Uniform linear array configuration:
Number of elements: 48
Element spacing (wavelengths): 0.75
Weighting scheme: blackman
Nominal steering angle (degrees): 30
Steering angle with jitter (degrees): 31.452
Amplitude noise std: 0.05
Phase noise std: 0.05

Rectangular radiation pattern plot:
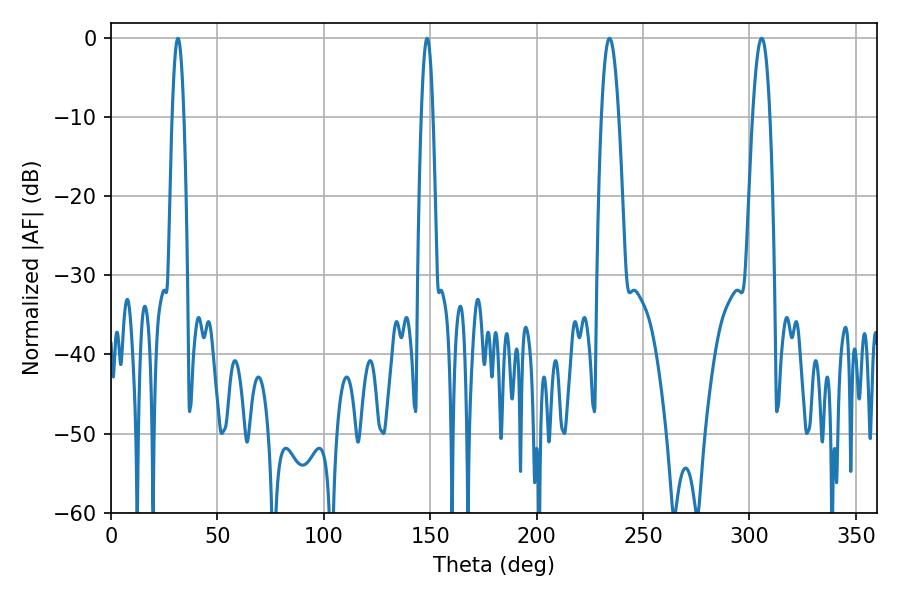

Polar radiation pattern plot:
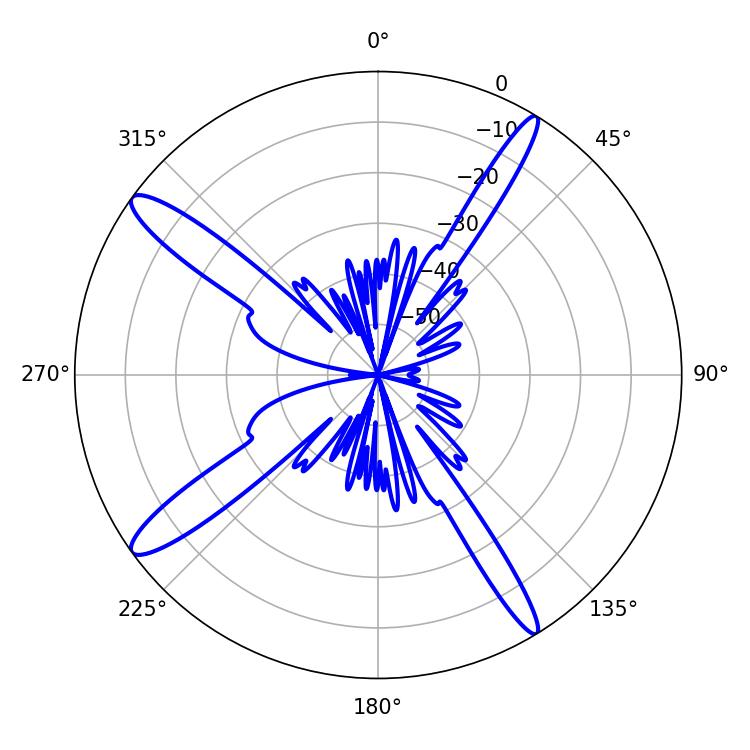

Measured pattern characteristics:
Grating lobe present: TRUE
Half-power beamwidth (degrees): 4.32
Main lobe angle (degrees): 234.18